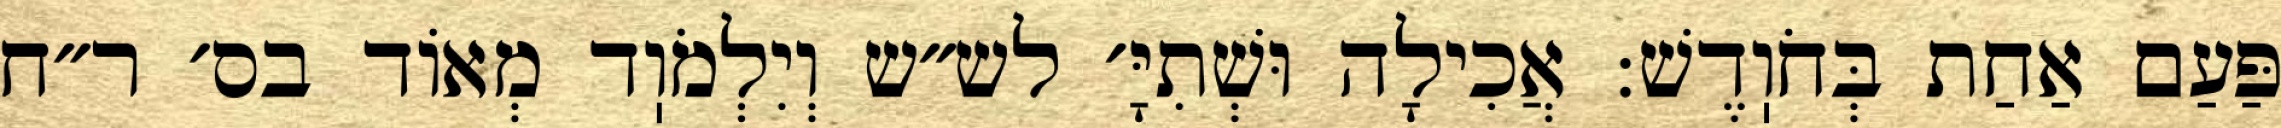
פַּעַם אַחַת בְּחֹוֽדֶשׁ: אֲכִילָה וּשְׁתִיָּ׳ לש״ש וְיִלְמֹוֽד מְאוֹד בס׳ ר״ח